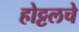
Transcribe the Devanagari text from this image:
होट्टलचे